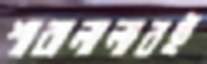
শাবালালারই